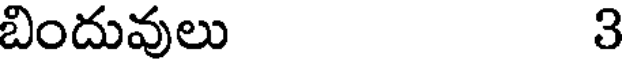
బిందువులు 3